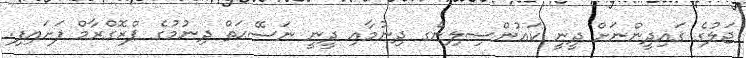
ޖަލުގެ ޤައިދީންނަށް ދީނީ ކައުންސިލިންގ ދިނުމާއި ދީނީ ނަސޭޙަތް ދިނުމުގެ ޕްރޮގްރާމް ފަށައިފި.